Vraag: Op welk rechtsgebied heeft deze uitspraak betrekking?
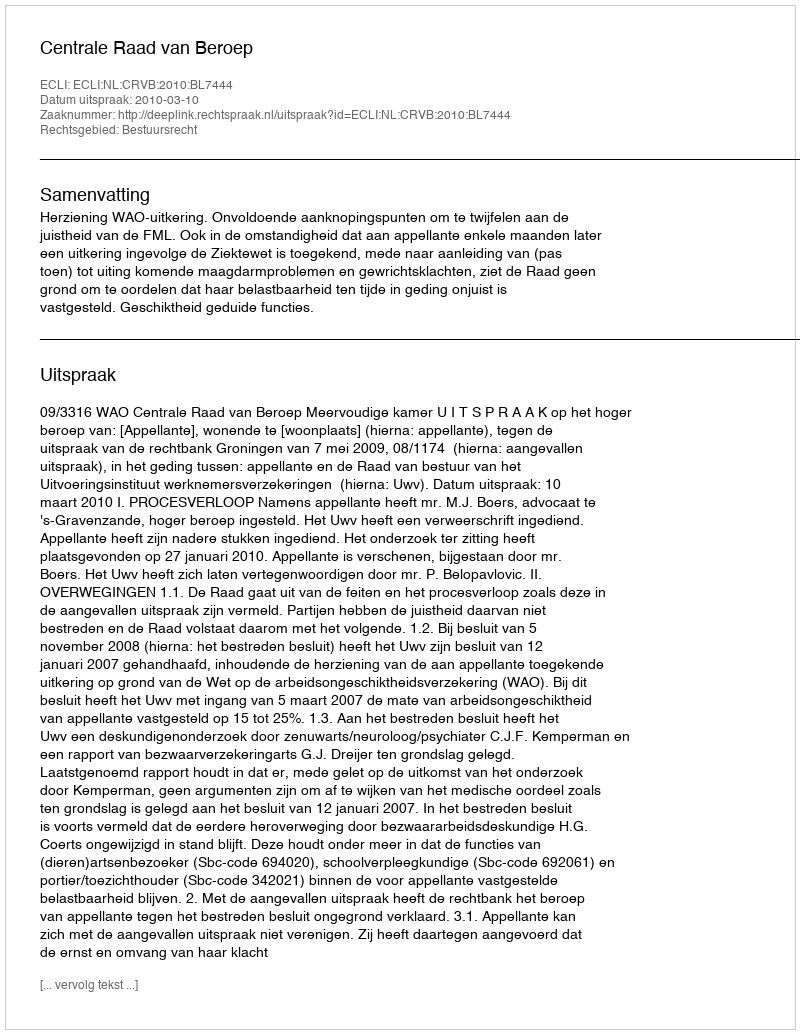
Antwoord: Bestuursrecht